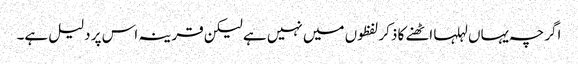
اگرچہ یہاں لہلہا اٹھنے کا ذکر لفظوں میں نہیں ہے لیکن قرینہ اس پر دلیل ہے۔